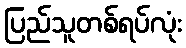
ပြည်သူတစ်ရပ်လုံး